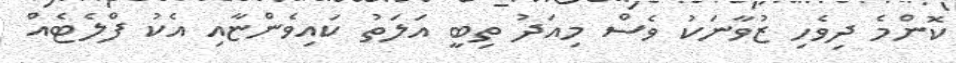
ކޮންމެ ދިވެހި ޒުވާނަކު ވެސް މިއަދު ތިބީ އަލަތު ކައިވެންޏާއި އެކު ފްލެޓެއް